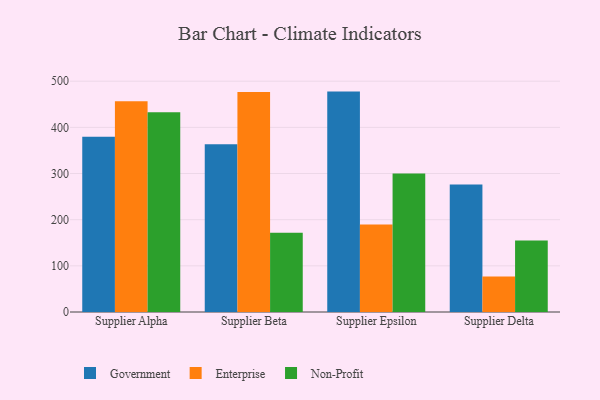
{"axis": {"x": "Supplier", "y": "Gross Profit (USD K)"}, "legend": ["Enterprise", "Government", "Non-Profit"], "data": [{"x": "Supplier Alpha", "y": 379.6, "type": "Government"}, {"x": "Supplier Alpha", "y": 456.6, "type": "Enterprise"}, {"x": "Supplier Alpha", "y": 432.9, "type": "Non-Profit"}, {"x": "Supplier Beta", "y": 363.5, "type": "Government"}, {"x": "Supplier Beta", "y": 476.8, "type": "Enterprise"}, {"x": "Supplier Beta", "y": 171.5, "type": "Non-Profit"}, {"x": "Supplier Epsilon", "y": 477.5, "type": "Government"}, {"x": "Supplier Epsilon", "y": 189.7, "type": "Enterprise"}, {"x": "Supplier Epsilon", "y": 300.2, "type": "Non-Profit"}, {"x": "Supplier Delta", "y": 276.4, "type": "Government"}, {"x": "Supplier Delta", "y": 76.7, "type": "Enterprise"}, {"x": "Supplier Delta", "y": 155.1, "type": "Non-Profit"}]}